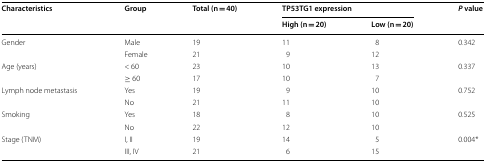
<table><thead><tr><td rowspan="2"><b>Characteristics</b></td><td rowspan="2"><b>Group</b></td><td rowspan="2"><b>Total (n = 40)</b></td><td colspan="2"><b>TP53TG1 expression</b></td><td rowspan="2"><b><i>P</i> value</b></td></tr><tr><td><b>High (n = 20)</b></td><td><b>Low (n = 20)</b></td></tr></thead><tbody><tr><td rowspan="2">Gender</td><td>Male</td><td>19</td><td>11</td><td>8</td><td>0.342</td></tr><tr><td>Female</td><td>21</td><td>9</td><td>12</td><td></td></tr><tr><td rowspan="2">Age (years)</td><td>&lt; 60</td><td>23</td><td>10</td><td>13</td><td>0.337</td></tr><tr><td>≥ 60</td><td>17</td><td>10</td><td>7</td><td></td></tr><tr><td rowspan="2">Lymph node metastasis</td><td>Yes</td><td>19</td><td>9</td><td>10</td><td>0.752</td></tr><tr><td>No</td><td>21</td><td>11</td><td>10</td><td></td></tr><tr><td rowspan="2">Smoking</td><td>Yes</td><td>18</td><td>8</td><td>10</td><td>0.525</td></tr><tr><td>No</td><td>22</td><td>12</td><td>10</td><td></td></tr><tr><td rowspan="2">Stage (TNM)</td><td>I, II</td><td>19</td><td>14</td><td>5</td><td>0.004*</td></tr><tr><td>III, IV</td><td>21</td><td>6</td><td>15</td><td></td></tr></tbody></table>